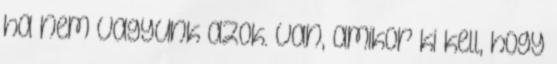
ha nem vagyunk azok. Van, amikor ki kell, hogy